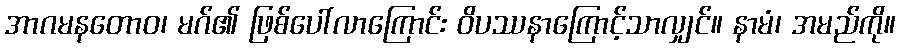
အာဂမနတောဝ၊ မဂ်၏ ဖြစ်ပေါ်လာကြောင်း ဝိပဿနာကြောင့်သာလျှင်။ နာမံ၊ အမည်ကို။